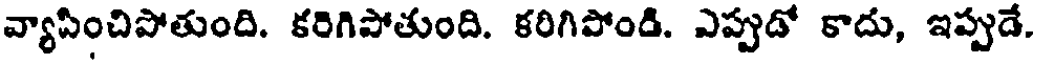
వ్యాపించిపోతుంది. కరిగిపోతుంది. కరిగిపోండి. ఎప్పుడో కాదు, ఇప్పుడే.